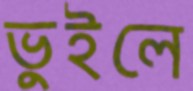
ভুইলে